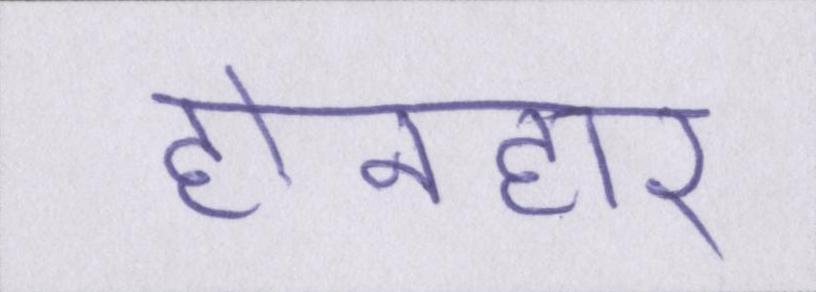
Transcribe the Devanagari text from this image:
होनहार